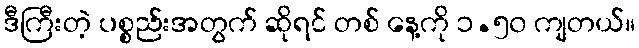
ဒီကြီးတဲ့ ပစ္စည်းအတွက် ဆိုရင် တစ် နေ့ကို ၁.၅၀ ကျတယ်။